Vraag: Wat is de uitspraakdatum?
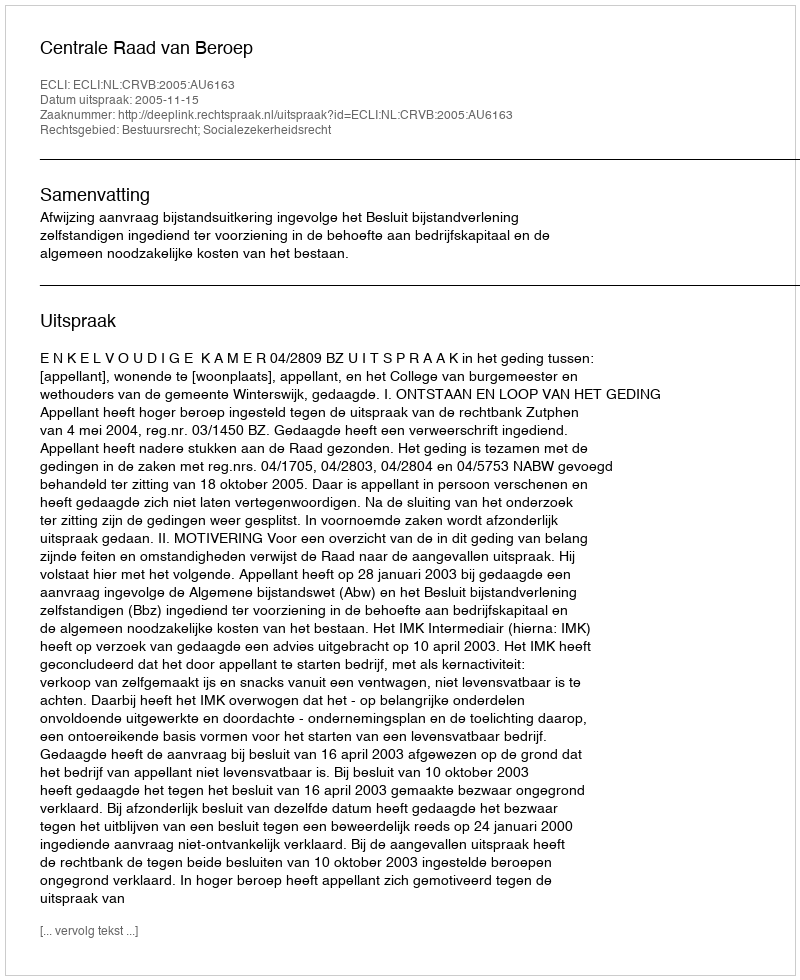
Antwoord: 2005-11-15